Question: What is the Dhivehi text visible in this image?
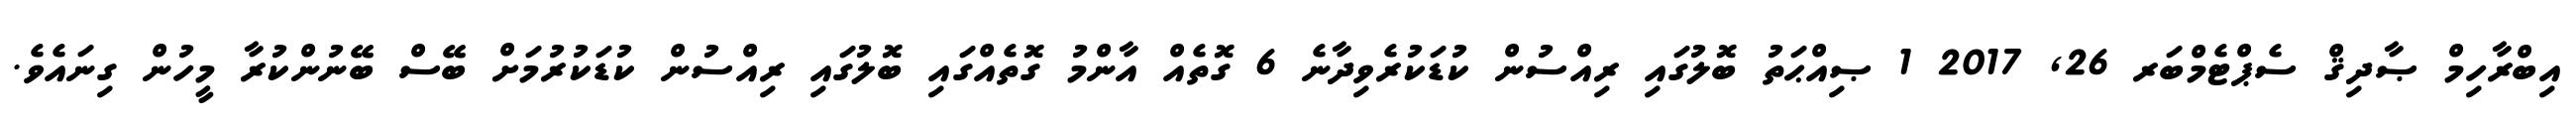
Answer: އިބްރާހިމް ޞާދިޤް ސެޕްޓެމްބަރ 26, 2017 1 ޞިއްޙަތު ބޮލުގައި ރިއްސުން ކުޑަކުރެވިދާނެ 6 ގޮތެއް އާންމު ގޮތެއްގައި ބޮލުގައި ރިއްސުން ކުޑަކުރުމަށް ބޭސް ބޭނުންކުރާ މީހުން ގިނައެވެ.